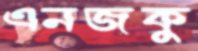
এনজকু